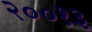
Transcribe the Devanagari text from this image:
२००१३